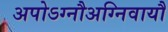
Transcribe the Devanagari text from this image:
अपोऽग्नौअग्निवायौ